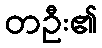
တဦး၏